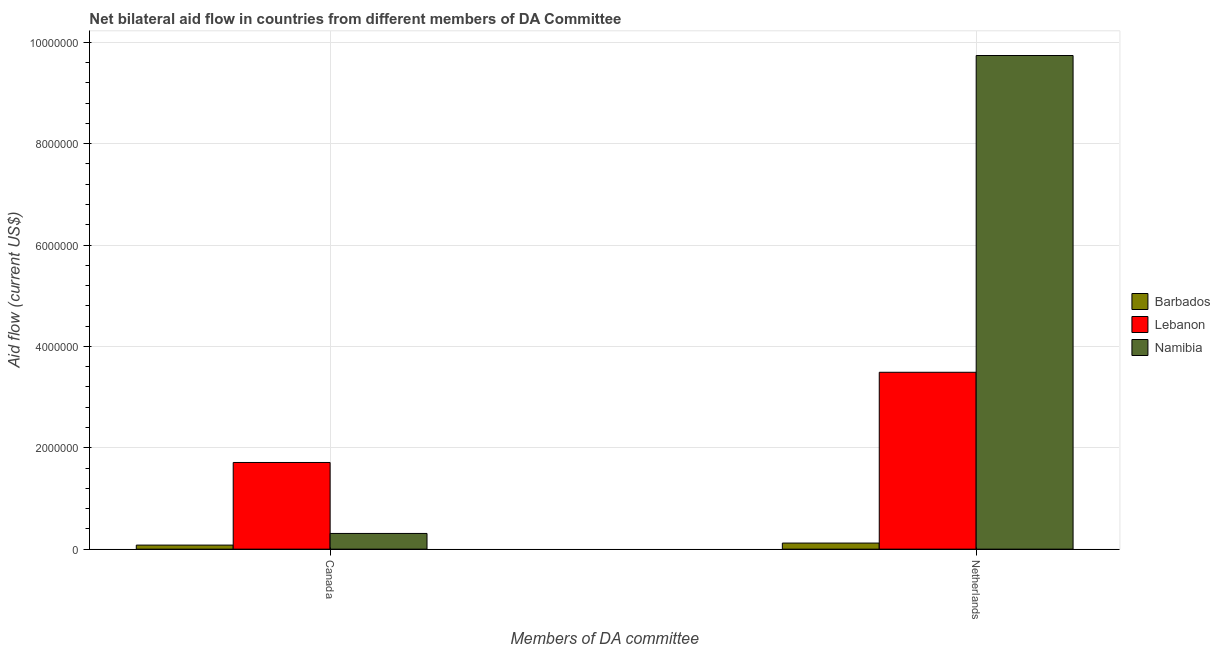
| Members of DA committee | Barbados | Lebanon | Namibia |
 | --- | --- | --- | --- |
 | Canada | 8e+04 | 1.71e+06 | 3.1e+05 |
 | Netherlands | 1.2e+05 | 3.49e+06 | 9.74e+06 |